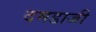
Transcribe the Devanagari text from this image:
दमडाजी